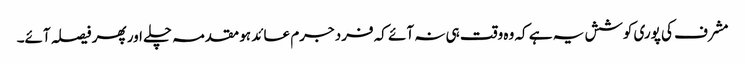
مشرف کی پوری کوشش یہ ہے کہ وہ وقت ہی نہ آئے کہ فرد جرم عائد ہو مقدمہ چلے اور پھر فیصلہ آئے۔